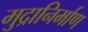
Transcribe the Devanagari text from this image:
मुद्रानिर्माण